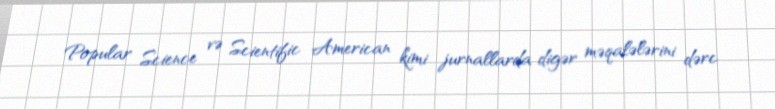
Popular Science və Scientific American kimi jurnallarda digər məqalələrini dərc